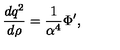
{ \frac { d q ^ { 2 } } { d \rho } } = { \frac { 1 } { \alpha ^ { 4 } } } \Phi ^ { \prime } ,